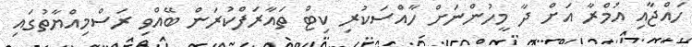
ހައްޖާއި އުމްރާ އަށް ދާ މީހުންނަށް ހާއްސަކުރި ކިޓް ތައާރަފްކުރަން ބޭއްވި ރަސްމިއްޔާތުގައި